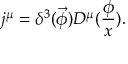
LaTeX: j ^ { \mu } = \delta ^ { 3 } ( \vec { \phi } ) D ^ { \mu } ( \frac \phi x ) .